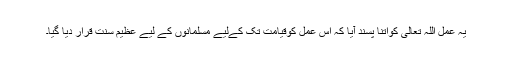
یہ عمل اللہ تعالیٰ کواتنا پسند آیا کہ اس عمل کوقیامت تک کےلیے مسلمانوں کے لیے عظیم سنت قرار دیا گیا۔